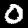
Digit: 0